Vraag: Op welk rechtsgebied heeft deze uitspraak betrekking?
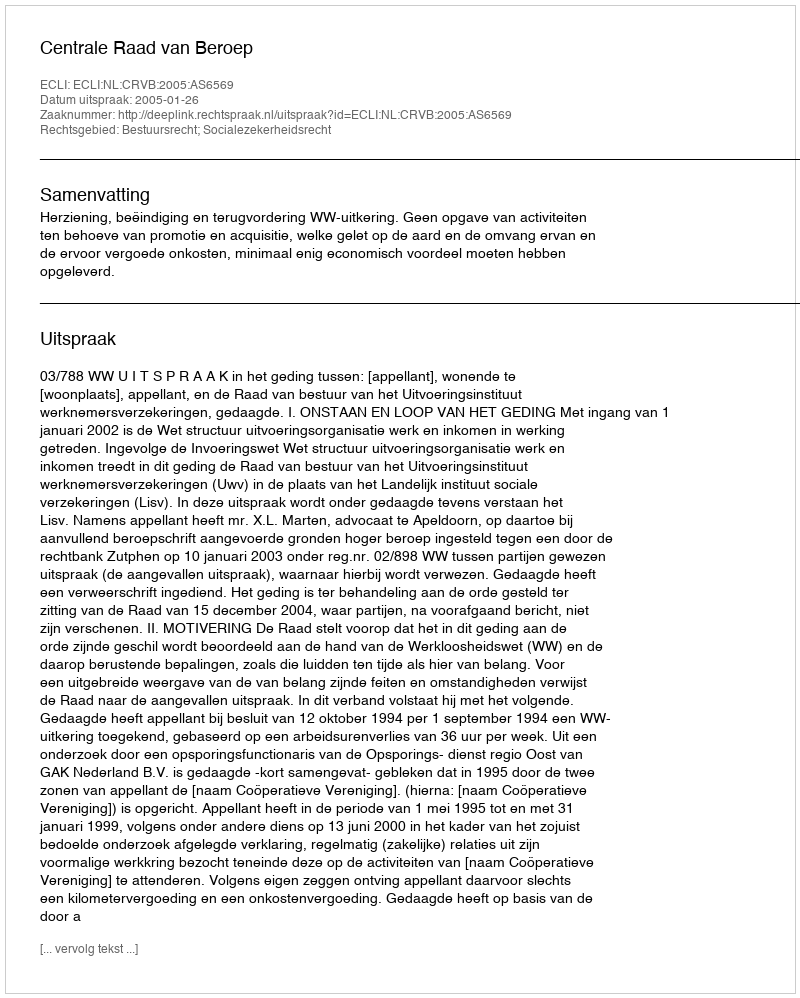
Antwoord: Bestuursrecht; Socialezekerheidsrecht